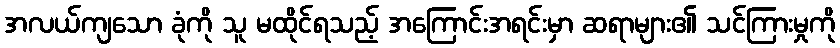
အလယ်ကျသော ခုံကို သူ မထိုင်ရသည့် အကြောင်းအရင်းမှာ ဆရာများ၏ သင်ကြားမှုကို